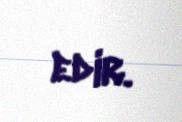
edir.